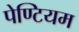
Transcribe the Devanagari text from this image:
पेण्टियम